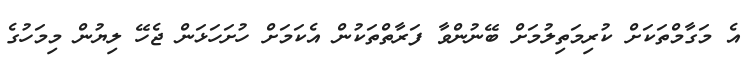
އެ މަގާމްތަކަށް ކުރިމަތިލުމަށް ބޭނުންވާ ފަރާތްތަކުން އެކަމަށް ހުށަހަޅަން ޖެހޭ ލިޔުން މިމަހުގެ